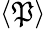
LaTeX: \langle\mathfrak{P}\rangle